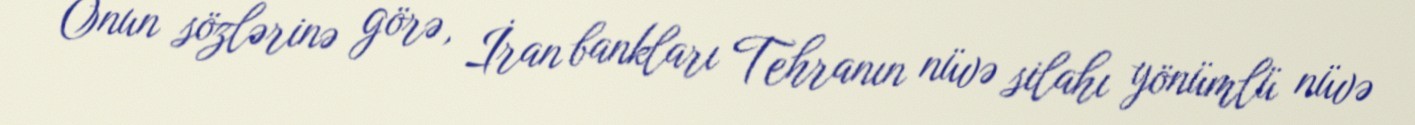
Onun sözlərinə görə, İran bankları Tehranın nüvə silahı yönümlü nüvə